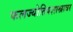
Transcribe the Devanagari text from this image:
फलज्योतिषशास्त्रावर